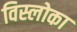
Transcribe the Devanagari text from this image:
विस्लोका